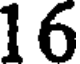
16